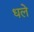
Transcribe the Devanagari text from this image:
धले